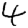
Digit: 4